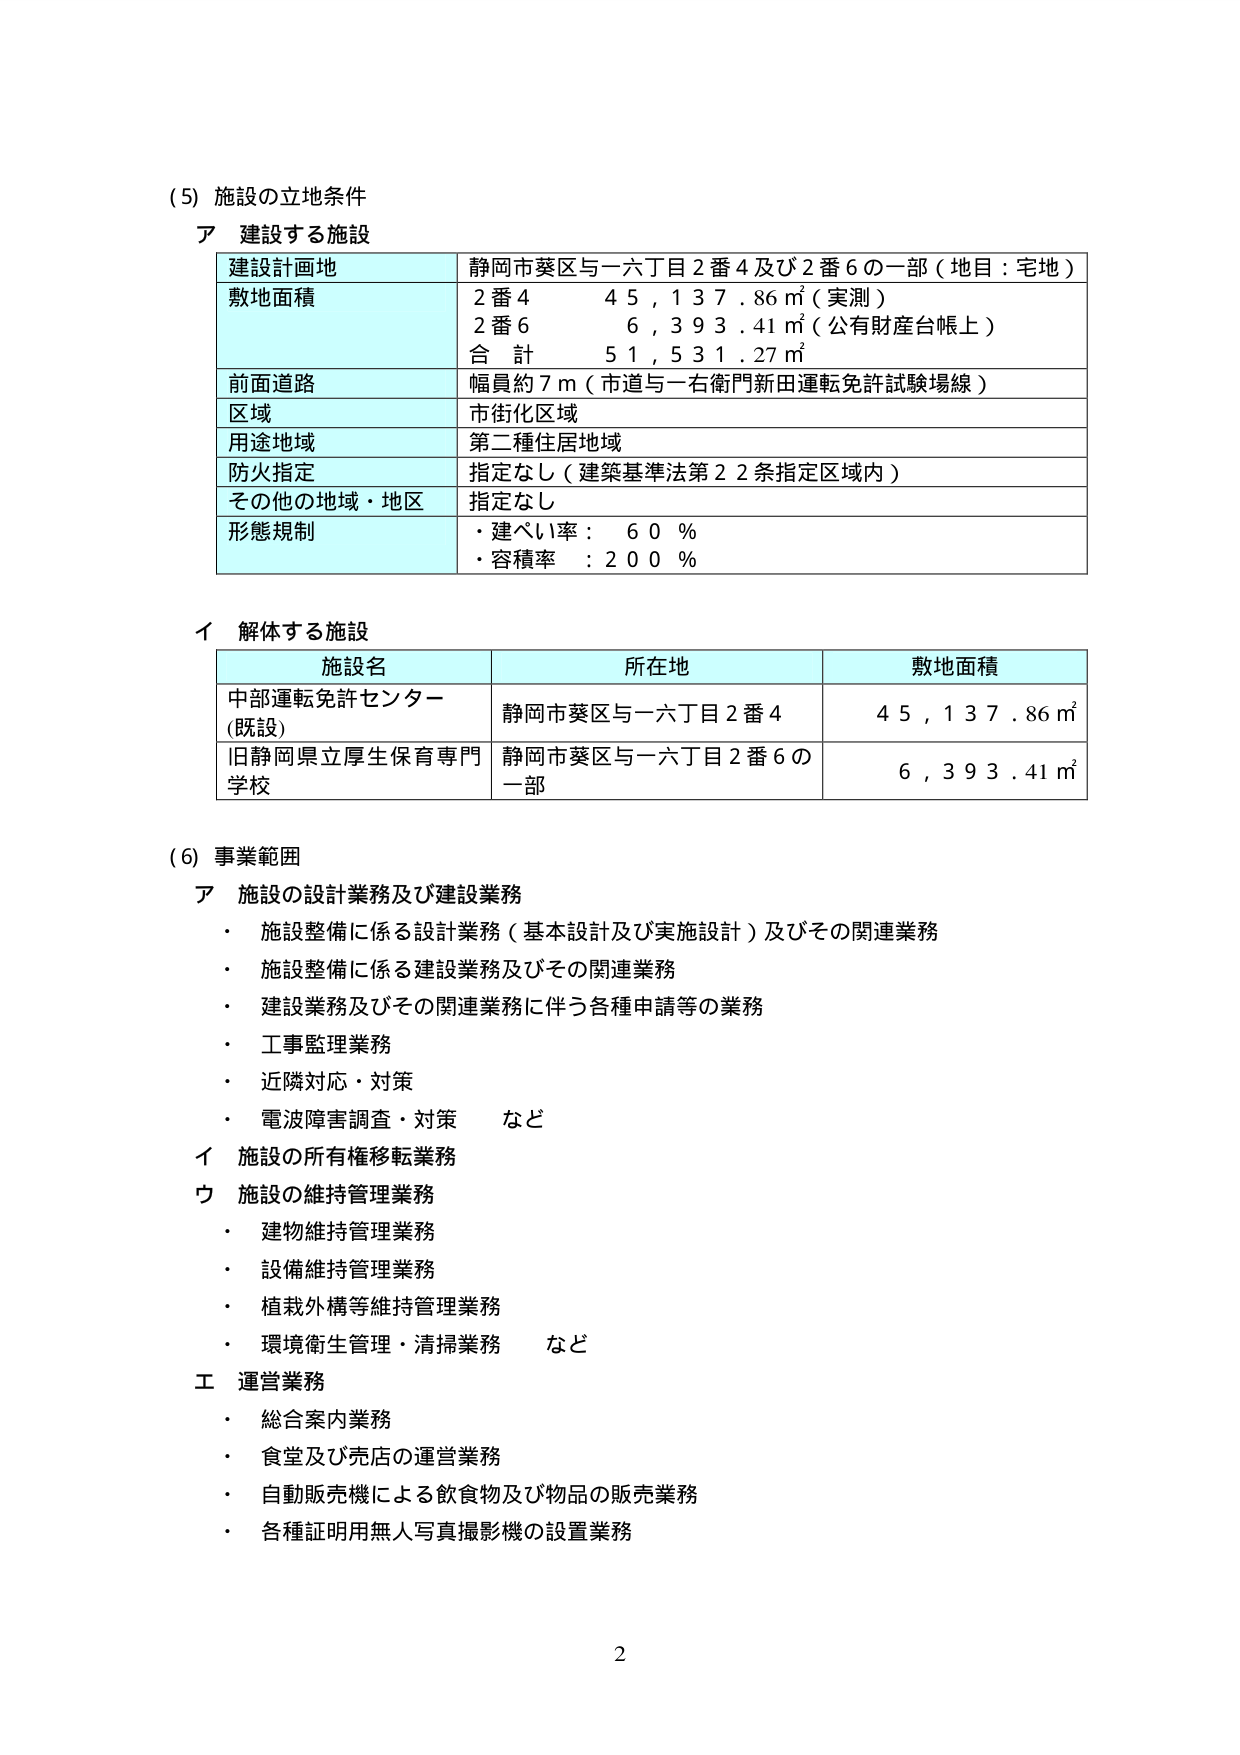
(5) 施設の立地条件
ア 建設する施設
建設計画地 静岡市葵区与一六丁目2番4及び2番6の一部（地目：宅地）
敷地面積 2番4 45,137.86㎡（実測）
　　　　　2番6 6,393.41㎡（公有財産台帳上）
　　　　　合計 51,531.27㎡
前面道路 幅員約7m（市道与一右衛門新田運転免許試験場線）
区域 市街化区域
用途地域 第二種住居地域
防火指定 指定なし（建築基準法第22条指定区域内）
その他の地域・地区 指定なし
形態規制 ・建ぺい率：60％
　　　　　・容積率：200％

イ 解体する施設
施設名　　　　　　　所在地　　　　　　　　敷地面積
中部運転免許センター（既設） 静岡市葵区与一六丁目2番4 45,137.86㎡
旧静岡県立厚生保育専門学校 静岡市葵区与一六丁目2番6の一部 6,393.41㎡

(6) 事業範囲
ア 施設の設計業務及び建設業務
・ 施設整備に係る設計業務（基本設計及び実施設計）及びその関連業務
・ 施設整備に係る建設業務及びその関連業務
・ 建設業務及びその関連業務に伴う各種申請等の業務
・ 工事監理業務
・ 近隣対応・対策
・ 電波障害調査・対策　など
イ 施設の所有権移転業務
ウ 施設の維持管理業務
・ 建物維持管理業務
・ 設備維持管理業務
・ 植栽外構等維持管理業務
・ 環境衛生管理・清掃業務　など
エ 運営業務
・ 総合案内業務
・ 食堂及び売店の運営業務
・ 自動販売機による飲食物及び物品の販売業務
・ 各種証明用無人写真撮影機の設置業務

2